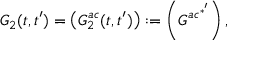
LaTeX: G _ { 2 } ( t , t ^ { \prime } ) = \left( G _ { 2 } ^ { a c } ( t , t ^ { \prime } ) \right) : = \left( G ^ { a c ^ { * ^ { \prime } } } \right) ,